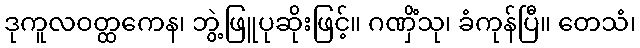
ဒုကူလဝတ္ထကေန၊ ဘွဲ့ဖြူပုဆိုးဖြင့်။ ဂဏှိံသု၊ ခံကုန်ပြီ။ တေသံ၊